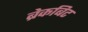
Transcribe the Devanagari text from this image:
ब्रेकबिट